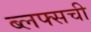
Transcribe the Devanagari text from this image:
ब्लफ्सची